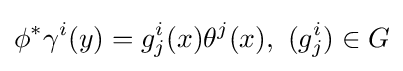
\phi ^{*}\gamma ^{i}(y)=g_{j}^{i}(x)\theta ^{j}(x),\ (g_{j}^{i})\in G